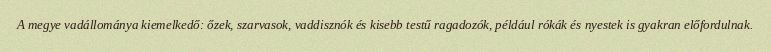
A megye vadállománya kiemelkedő: őzek, szarvasok, vaddisznók és kisebb testű ragadozók, például rókák és nyestek is gyakran előfordulnak.